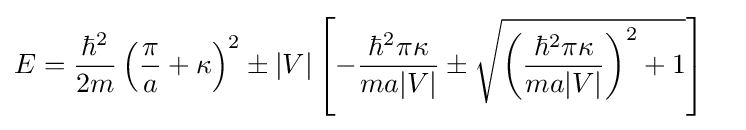
{\begin{aligned}E&={\frac {\hbar ^{2}}{2m}}\left({\frac {\pi }{a}}+\kappa \right)^{2}\pm |V|\left[-{\frac {\hbar ^{2}\pi \kappa }{ma|V|}}\pm {\sqrt {\left({\frac {\hbar ^{2}\pi \kappa }{ma|V|}}\right)^{2}+1}}\right]\end{aligned}}